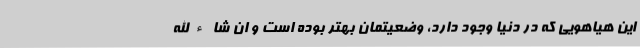
این هیاهویی که در دنیا وجود دارد، وضعیتمان بهتر بوده است و ان شاءالله